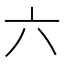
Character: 六